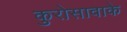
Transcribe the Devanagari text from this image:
कुरोसावाके